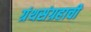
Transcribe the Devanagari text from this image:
ग्रंथसंग्रहाची